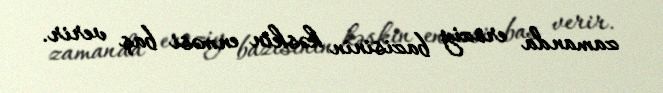
zamanda eroziy bazisinin kəskin enməsi baş verir.